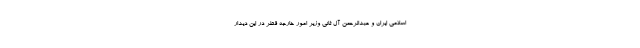
اسلامی ایران و عبدالرحمن آل ثانی وزیر امور خارجه قطر در این دیدار